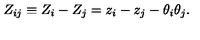
Z _ { i j } \equiv Z _ { i } - Z _ { j } = z _ { i } - z _ { j } - \theta _ { i } \theta _ { j } .